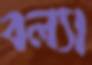
বল্যা